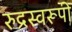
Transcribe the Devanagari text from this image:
रुद्रस्वरूपी